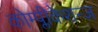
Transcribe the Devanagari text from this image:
कोम्प्लीकेशन्ज़